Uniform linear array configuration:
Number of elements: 16
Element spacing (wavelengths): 0.25
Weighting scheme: hamming
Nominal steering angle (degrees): -60
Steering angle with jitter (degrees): -60.194
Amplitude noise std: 0.05
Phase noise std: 0.05

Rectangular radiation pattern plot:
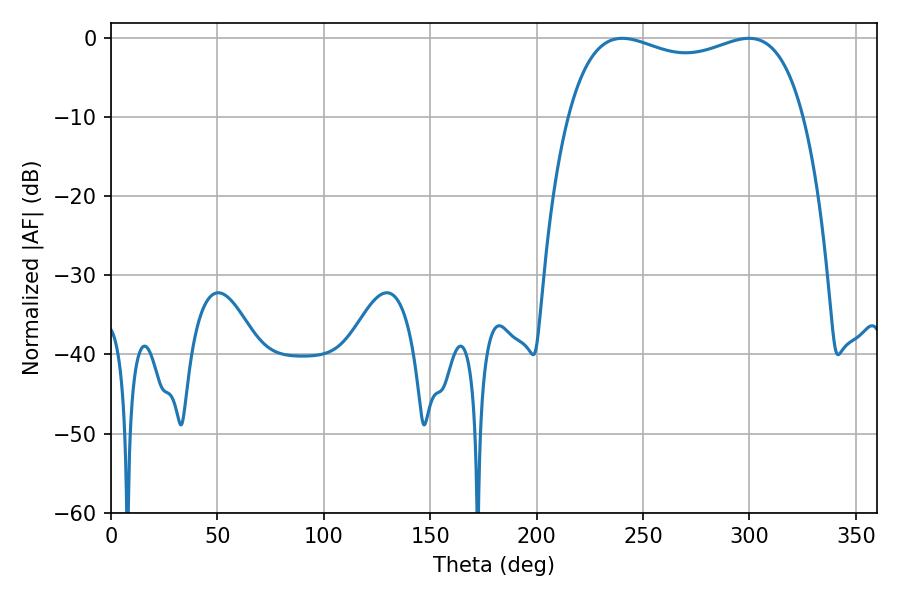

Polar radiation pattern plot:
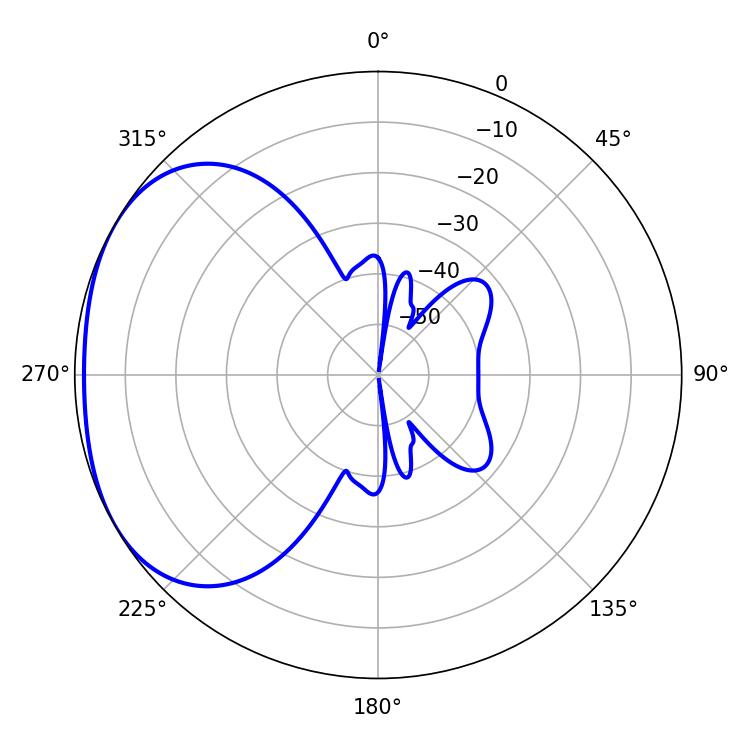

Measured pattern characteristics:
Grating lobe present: FALSE
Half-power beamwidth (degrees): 91.08
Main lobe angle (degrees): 240.3